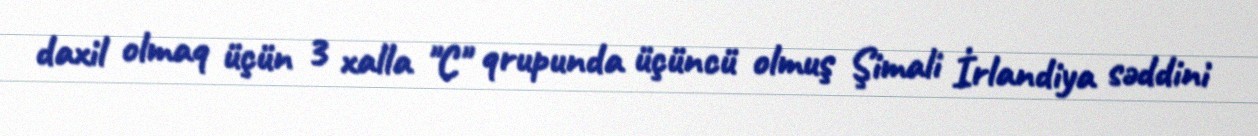
daxil olmaq üçün 3 xalla "C" qrupunda üçüncü olmuş Şimali İrlandiya səddini